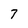
Character: 7